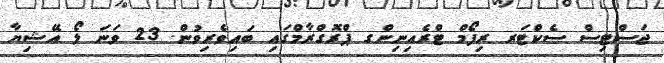
ޖަސްޓިސް ސެކްޓަރ ރިފޯމް ޓްރެއިނިންގ ޕްރޮގްރާމްގައި ބައިވެރިވުން. 23 ވަނަ ލޯ އޭޝިޔާ